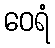
ဝေရံ